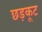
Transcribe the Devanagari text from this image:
छड़कूट